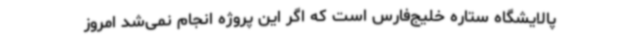
پالایشگاه ستاره خلیج‌فارس است که اگر این پروژه انجام نمی‌شد امروز